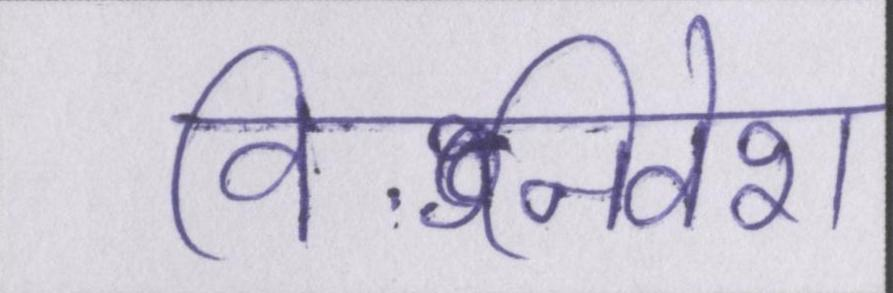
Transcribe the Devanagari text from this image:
विनिवेश